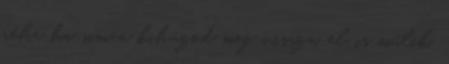
néha ha simán kihúzod meg vissza, el is múlik.